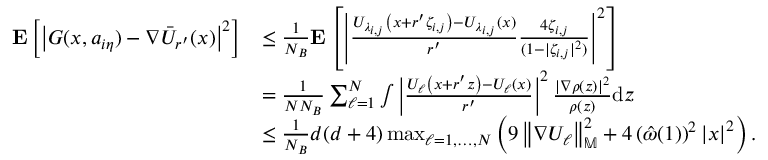
\begin{array} { r l } { \mathbf { E } \left[ \left| G ( x , a _ { i \eta } ) - \nabla \Bar { U } _ { r ^ { \prime } } ( x ) \right| ^ { 2 } \right] } & { \le \frac { 1 } { N _ { B } } \mathbf { E } \left[ \left| \frac { U _ { \lambda _ { i , j } } \left( x + r ^ { \prime } \zeta _ { i , j } \right) - U _ { \lambda _ { i , j } } \left( x \right) } { r ^ { \prime } } \frac { 4 \zeta _ { i , j } } { ( 1 - | \zeta _ { i , j } | ^ { 2 } ) } \right| ^ { 2 } \right] } \\ & { = \frac { 1 } { N N _ { B } } \sum _ { \ell = 1 } ^ { N } \int \left| \frac { U _ { \ell } \left( x + r ^ { \prime } z \right) - U _ { \ell } \left( x \right) } { r ^ { \prime } } \right| ^ { 2 } \frac { \left| \nabla \rho ( z ) \right| ^ { 2 } } { \rho ( z ) } \mathrm { d } z } \\ & { \le \frac { 1 } { N _ { B } } d ( d + 4 ) \operatorname* { m a x } _ { \ell = 1 , \ldots , N } \left( 9 \left\| \nabla U _ { \ell } \right\| _ { \mathbb { M } } ^ { 2 } + 4 \left( \Hat { \omega } ( 1 ) \right) ^ { 2 } \left| x \right| ^ { 2 } \right) . } \end{array}